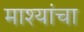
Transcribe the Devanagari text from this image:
माश्यांचा